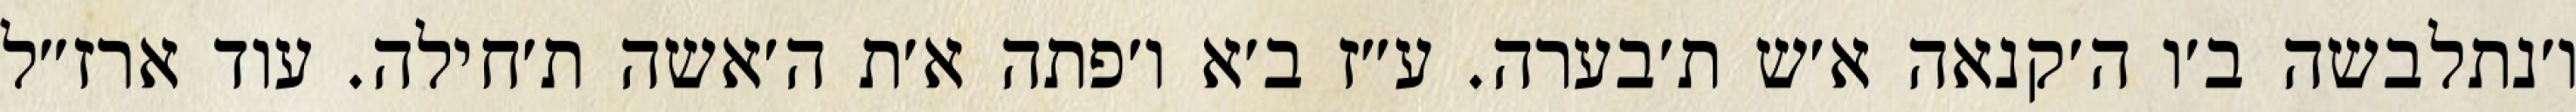
ו׳נתלבשה ב׳ו ה׳קנאה א׳ש ת׳בערה. ע״ז ב׳א ו׳פתה א׳ת ה׳אשה ת׳חילה. עוד ארז״ל